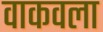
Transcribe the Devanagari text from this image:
वाकवला